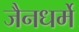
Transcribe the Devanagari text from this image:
जैनधर्मे